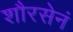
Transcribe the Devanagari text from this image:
शौरसेनं